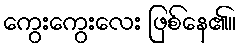
ကွေးကွေးလေး ဖြစ်နေ၏။